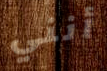
أنني